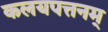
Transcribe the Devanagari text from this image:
कलयपत्तनम्